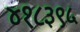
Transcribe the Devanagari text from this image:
४१८३९५